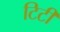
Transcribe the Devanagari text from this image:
टिटी